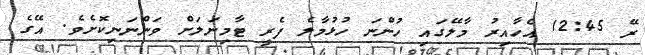
ރޭ 12:45 އެހާއިރު މާލޭގައި ހުންނަ ހުޅުމާލެ ފެރީ ޓާމިނަލަށް ވަންނަނިކޮށެވެ. އޭގެ